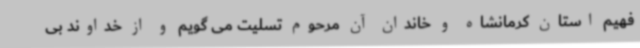
فهیم استان کرمانشاه و خاندان آن مرحوم تسلیت می گویم و از خداوند بی